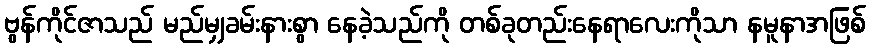
ဗွန်ကိုင်ဇာသည် မည်မျှခမ်းနားစွာ နေခဲ့သည်ကို တစ်ခုတည်းနေရာလေးကိုသာ နမူနာအဖြစ်